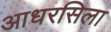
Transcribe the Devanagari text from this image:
आधरसिला